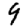
Digit: 9